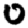
Digit: 0